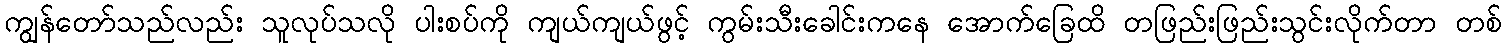
ကျွန်တော်သည်လည်း သူလုပ်သလို ပါးစပ်ကို ကျယ်ကျယ်ဖွင့် ကွမ်းသီးခေါင်းကနေ အောက်ခြေထိ တဖြည်းဖြည်းသွင်းလိုက်တာ တစ်